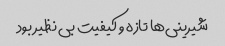
شیرینی‌ها تازه و کیفیت بی نظیر بود